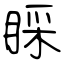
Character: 睬